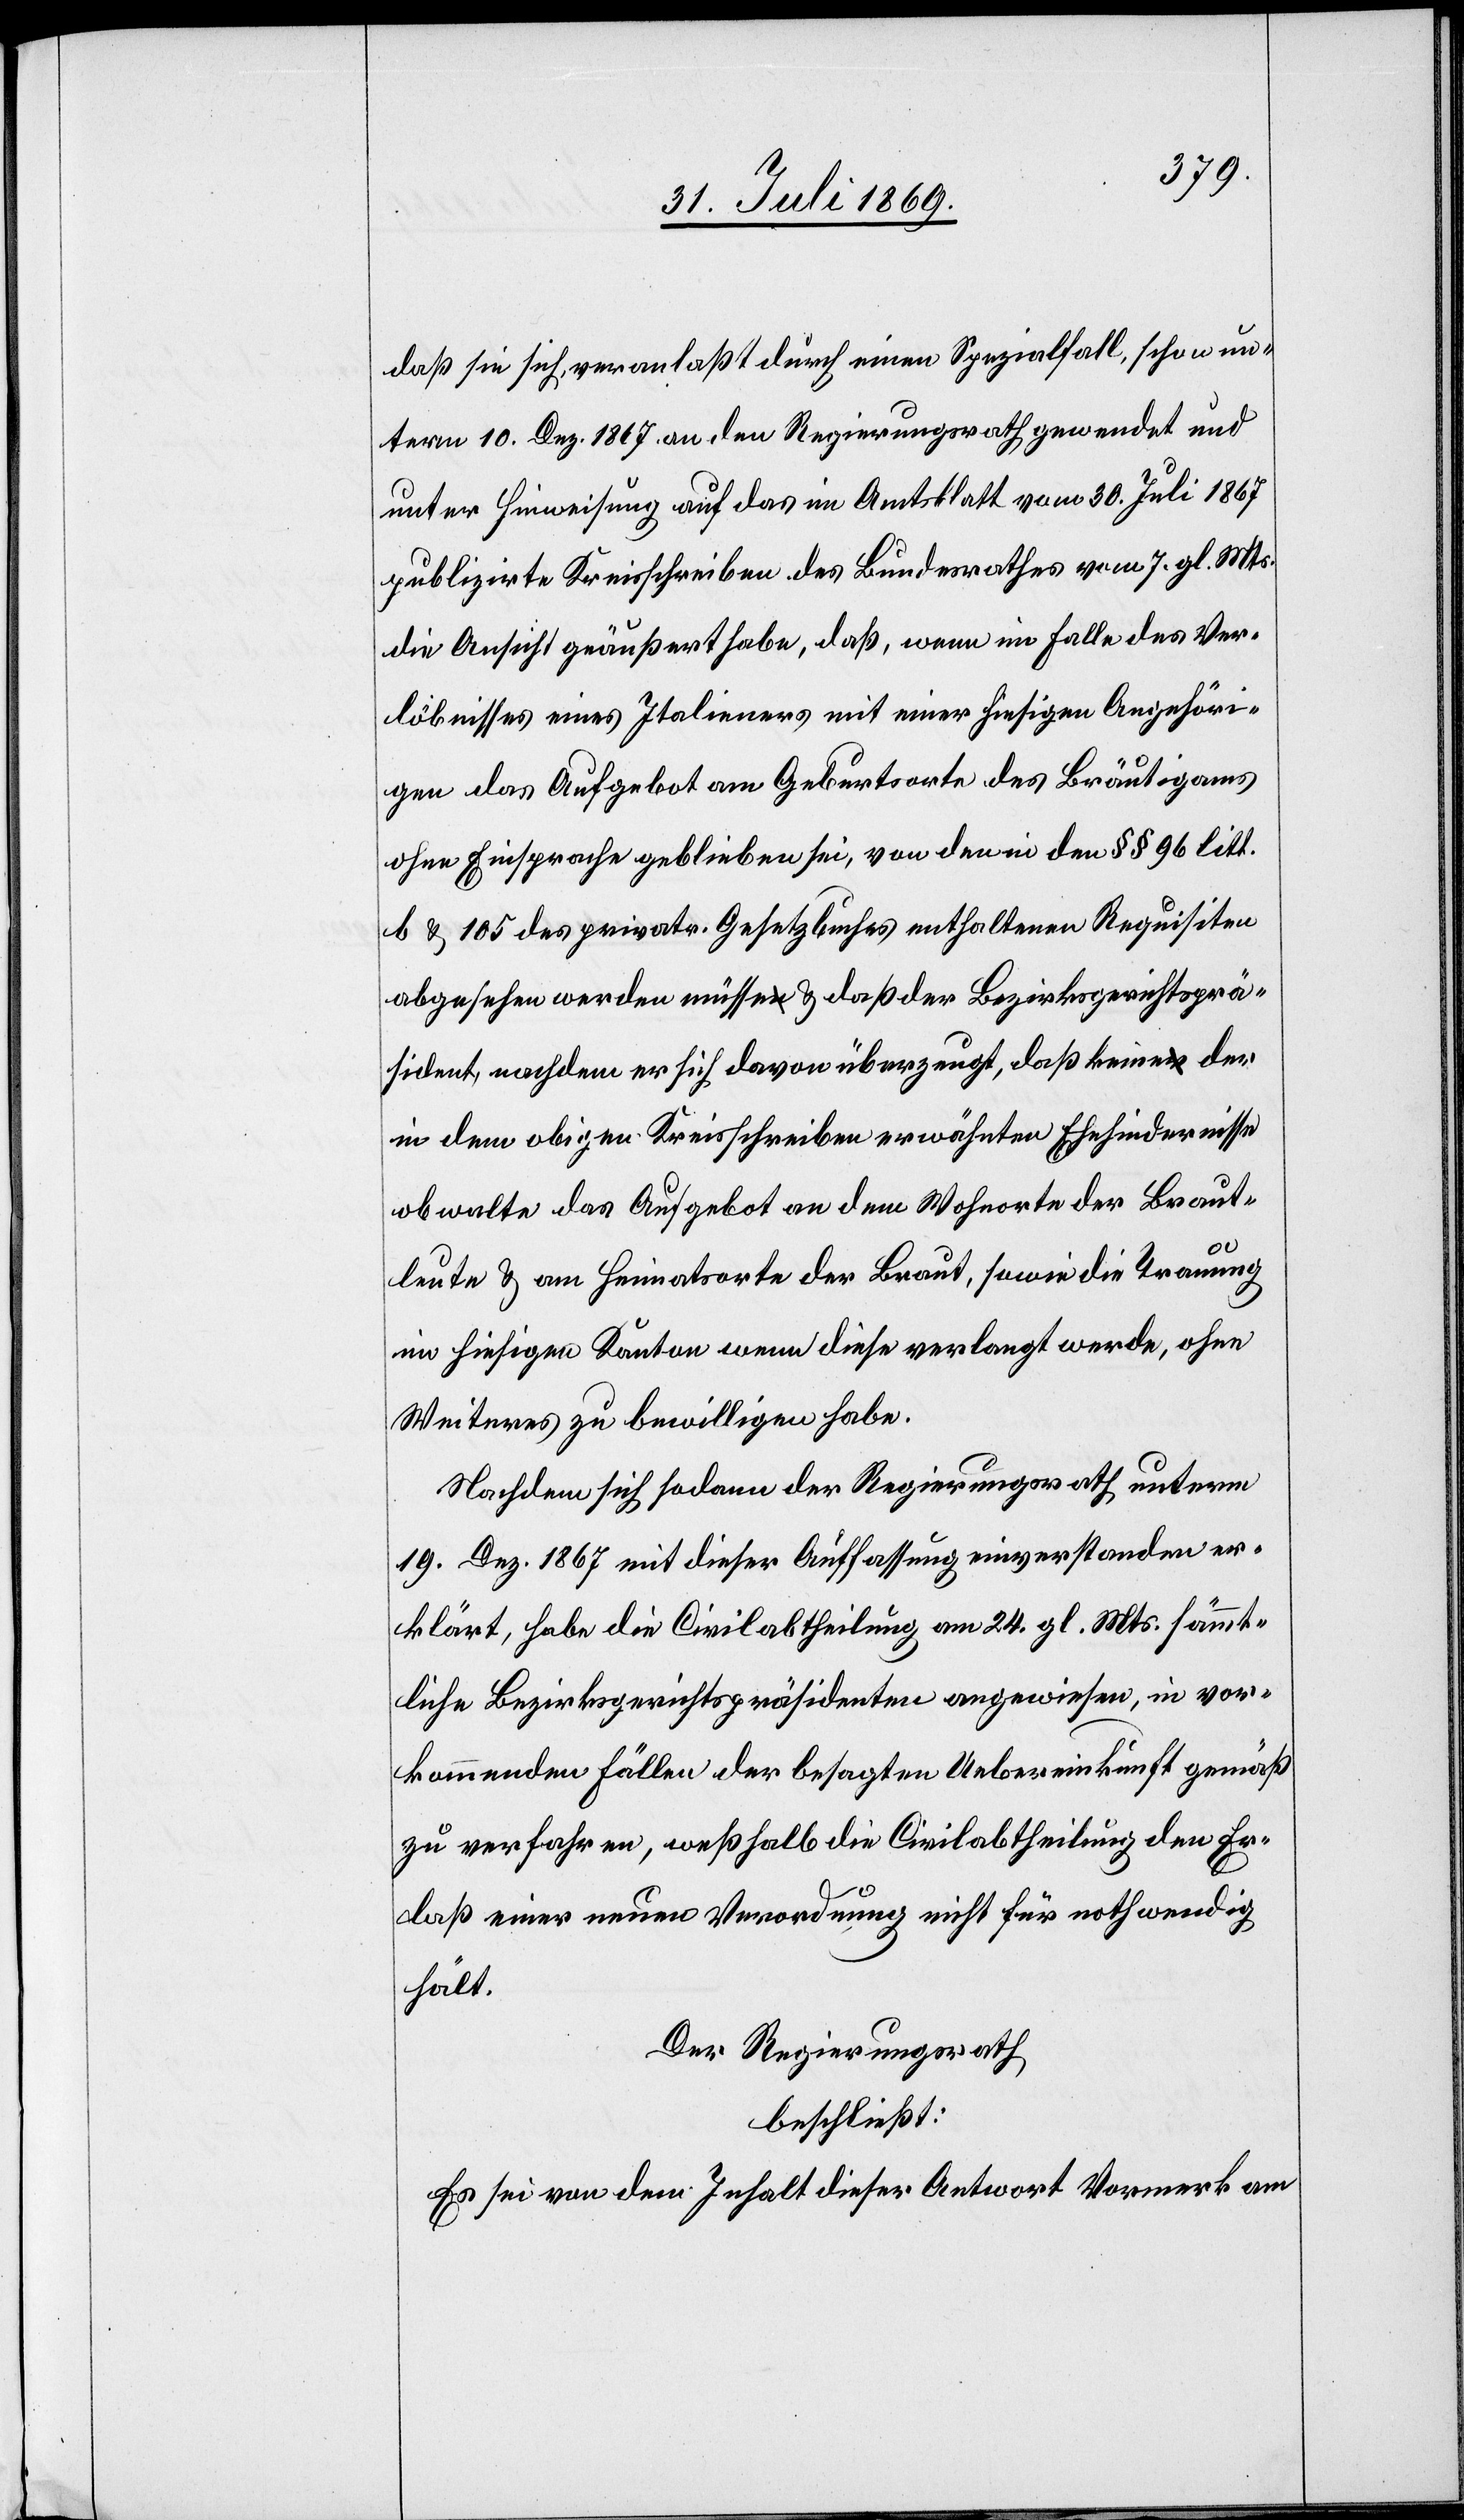
daß sie sich veranlaßt durch einen Spezialfall, schon un¬
term 10. Dez. 1867 an den Regierungsrath gewendet und
unter Hinweisung auf das im Amtsblatt vom 30. Juli 1867
publizirte Kreisschreiben des Bundesrathes vom 7. gl. Mts.
die Ansicht geäußert habe, daß, wenn im Falle des Ver¬
löbnisses eines Italieners mit einer hiesigen Angehöri¬
gen das Aufgebot am Geburtsorte des Bräutigams
ohne Einsprache geblieben sei, von den in den §§ 96 litt.
b & 105 des privatr. Gesetzbuches enthaltenen Requisiten
abgesehen werden müsse & daß der Bezirksgerichtsprä¬
sident, nachdem er sich davon überzeugt, daß keine der
in dem obigen Kreisschreiben erwähnten Ehehindernisse
obwalte das Aufgebot an dem Wohnorte der Braut¬
leute & am Heimatorte der Braut, sowie die Trauung
im hiesigen Kanton wenn diese verlangt werde, ohne
Weiteres zu bewilligen habe.
Nachdem sich dann der Regierungsrath unterm
19. Dez. 1867 mit dieser Auffassung einverstanden er¬
klärt, habe die Civilabtheilung am 24. gl. Mts. sämmt¬
liche Bezirksgerichtspräsidenten angewiesen, in vor¬
kommenden Fällen der besagten Uebereinkunft gemäß
zu verfahren, weßhalb die Civilabtheilung den Er¬
laß einer neuen Verordung nicht für nothwendig
hält.
Der Regierungsrath,
beschließt:
Es sei von dem Inhalt dieser Antwort Vormerk am